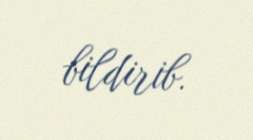
bildirib.